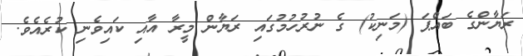
ރަޔާންގެ ބައްޕަ (މަނިކު) ގެ ނުރުހުމުގައި ރަޔާން މީރާ އާއި ކައިވެނި ކުރެއެވެ.